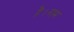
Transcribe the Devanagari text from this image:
है।राम